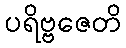
ပရိဗ္ဗဇေတိ